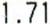
1.71